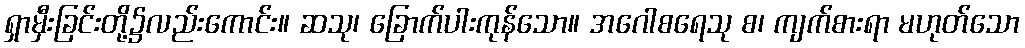
ရှာမှီးခြင်းတို့၌လည်းကောင်း။ ဆသု၊ ခြောက်ပါးကုန်သော။ အဂေါစရေသု စ၊ ကျက်စားရာ မဟုတ်သော